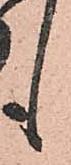
も